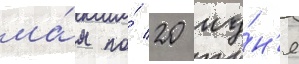
ма́я по́ 20 иу́н'я